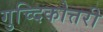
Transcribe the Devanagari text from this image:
गुच्दिकोत्तरी